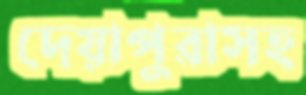
দেয়াপুরাসহ